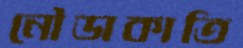
নৌডাকাতি